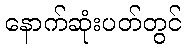
နောက်ဆုံးပတ်တွင်